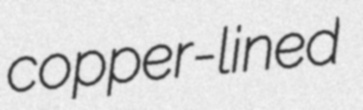
copper-lined